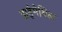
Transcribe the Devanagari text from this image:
डाईमेथिल